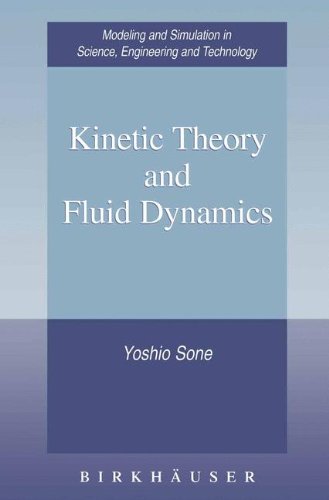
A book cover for Kinetic Theory and Fluid Dynamics; Yoshio Sone; Science & Math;